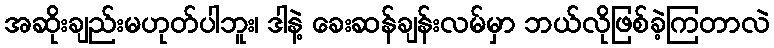
အဆိုးချည်းမဟုတ်ပါဘူး၊ ဒါနဲ့ ခေးဆန်ချန်းလမ်မှာ ဘယ်လိုဖြစ်ခဲ့ကြတာလဲ